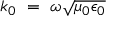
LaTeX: ~ k _ { 0 } ~ = ~ \omega { \sqrt { \mu _ { 0 } \epsilon _ { 0 } } }